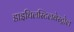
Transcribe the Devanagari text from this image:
डाइथिलस्टिलबेस्ट्रोल